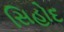
સિહોદ